Vaccination United Provinces of Agra and Oudh 1914-1922 - 1914-1922
Year: 1914
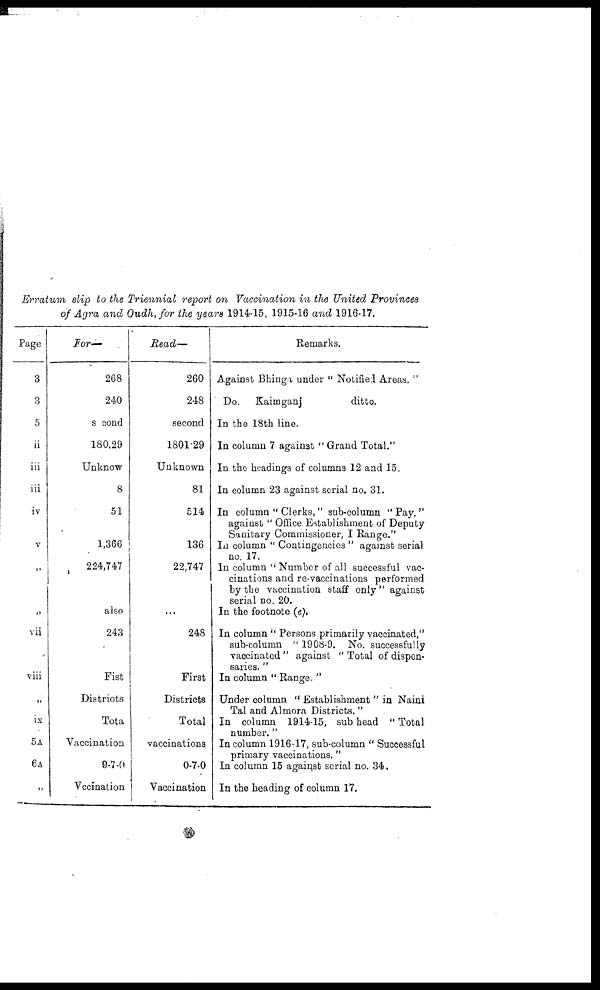
Erratum slip to the Triennial report on Vaccination in the United Provinces
of Agra and Oudh, for the years 1914-15, 1915-16 and 1916-17.
Page
3
3
5
ii
iii
iii
iv
V
„
„
vii
viii
„
ix
5A
6A
„
For—
268
240
second
180.29
Unknow
8
51
1,366
224,747
also
243
Fist
Distriots
Tota
Vaccination
9-7-0
Vccination
Read—
260
248
second
1801.29
Unknown
81
514
136
22,747
...
248
First
Districts
Total
vaccinations
0-7-0
Vaccination
Remarks.
Against Bhinga under " Notified Areas. "
Do.
Kaimganj
ditto.
In the 18th line.
In column 7 against " Grand Total."
In the headings of columns 12 and 15.
In column 23 against serial no. 31.
In column " Clerks," sub-column "Pay,''
against " Office Establishment of Deputy
Sanitary Commissioner, I Range."
In column " Contingencies " against serial
no. 17.
In column " Number of all successful vac-
cinations and re-vaccinations performed
by the vaccination staff only " against
serial no. 20.
In the footnote (e),
In column " Persons primarily vaccinated,"
sub-column " 1908-9. No. successfully
vaccinated " against " Total of dispen-
saries. "
In column " Range. "
Under column " Establishment " in Naini
Tal and Almora Districts. "
In column 1914-15, sub head " Total
number. "
In column 1916-17, sub-column " Successful
primary vaccinations. "
In column 15 against serial no. 34.
In the heading of column 17.